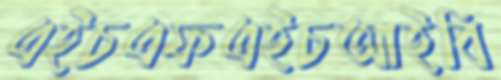
এইচএফএইচআইবি